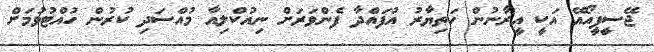
ޖޭސީޕީއޯއޭ އަކީ އީރާނުން ހަތިޔާރު އުފައްދާ ފެންވަރަށް ނިއުކްލިއާ މުއްސަދި ކުރުން ހުއްޓުވުމަށް